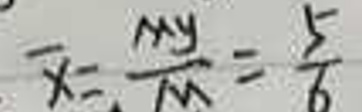
\[\overline{x}=\frac{M_y}{M}=\frac{5}{6}\]